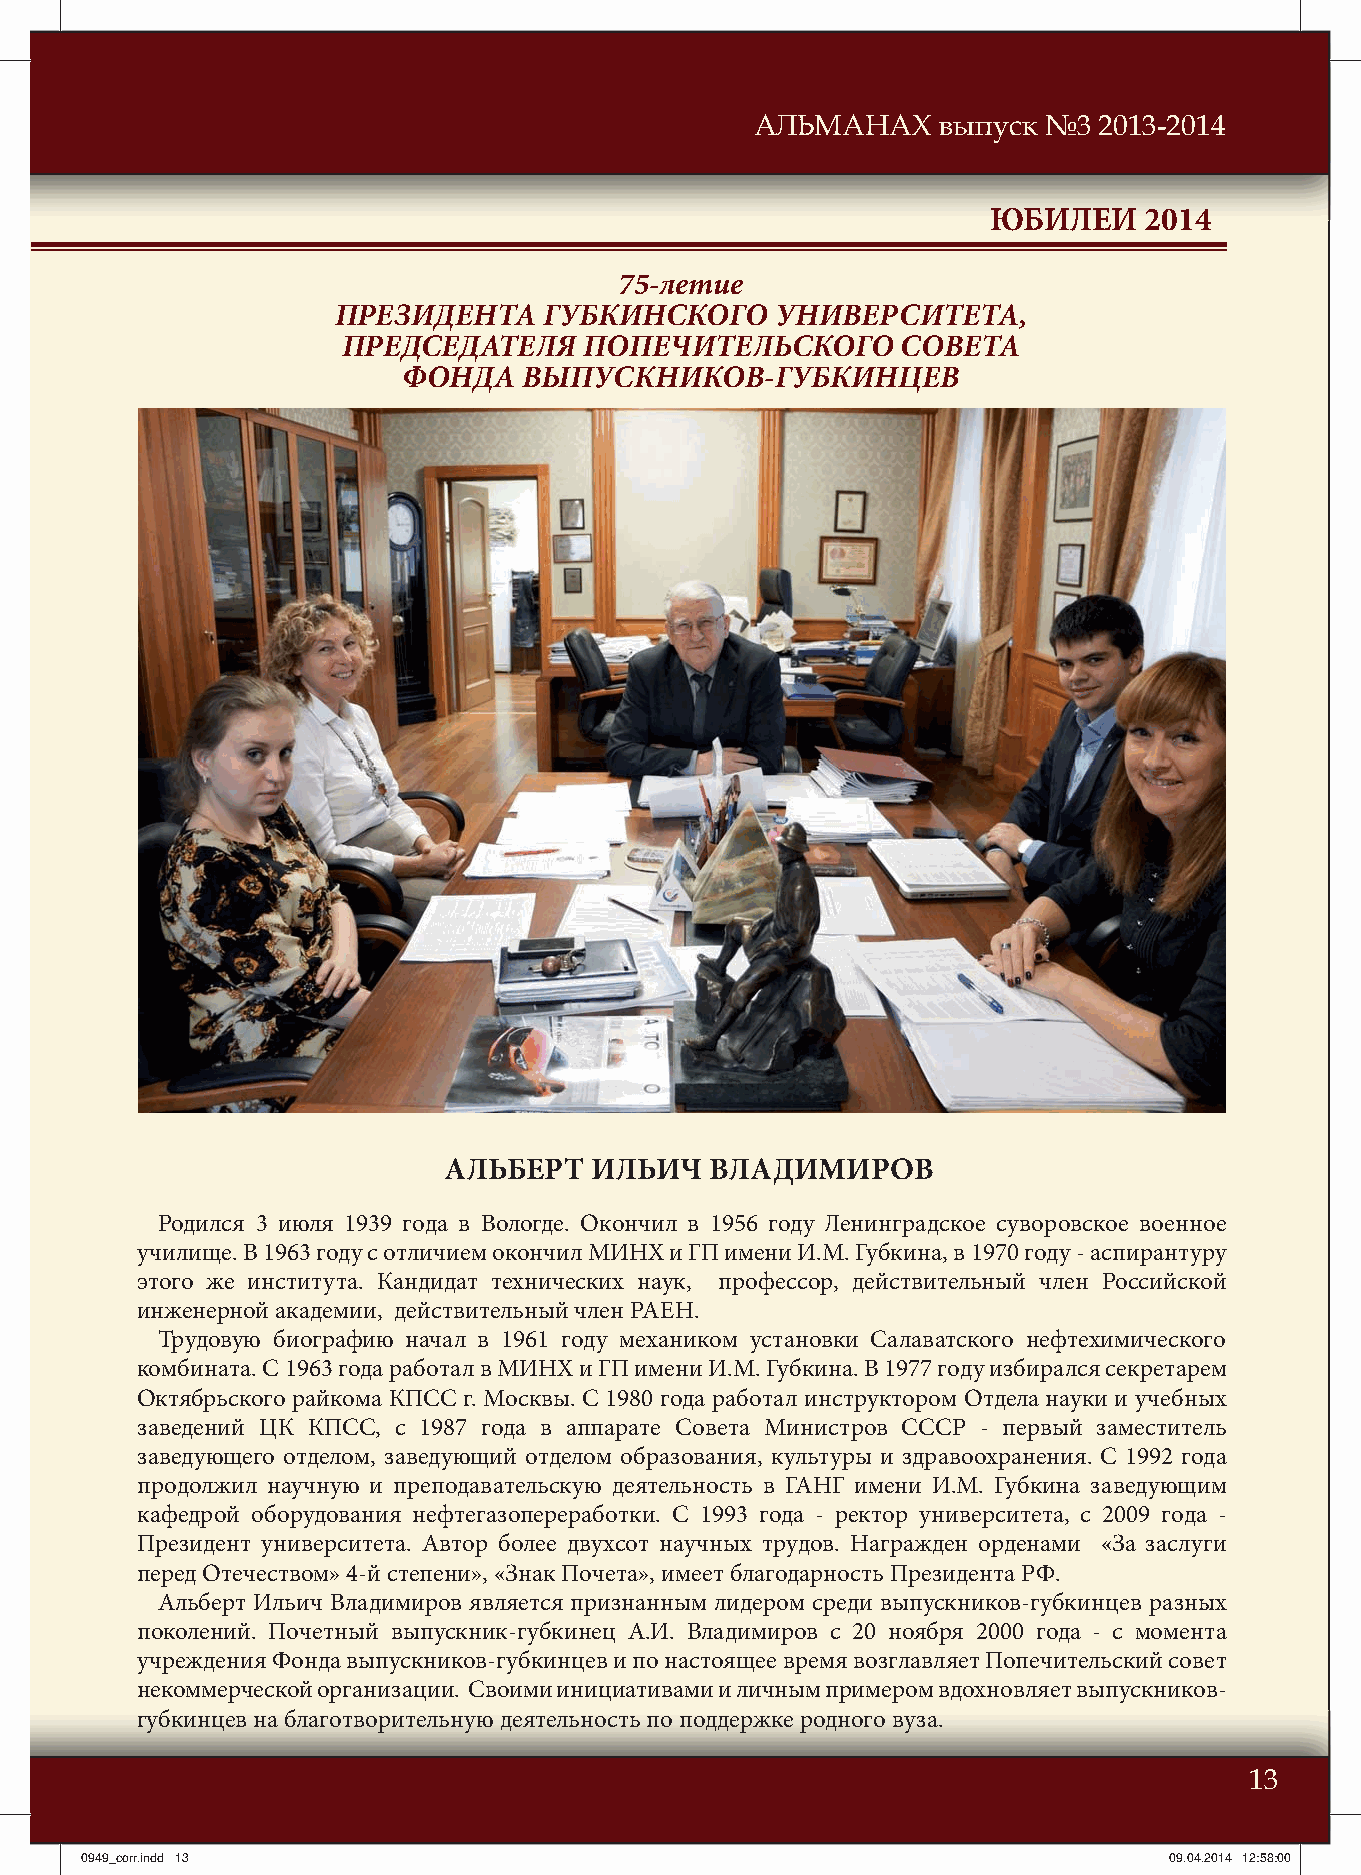
АЛЬМАНАХ    выпуск №3  2013-2014
 ЮБИЛЕИ    2014
 75-летие
 ПРЕЗИДЕНТА    ГУБКИНСКОГО    УНИВЕРСИТЕТА,
 ПРЕДСЕДАТЕЛЯ    ПОПЕЧИТЕЛЬСКОГО      СОВЕТА
 ФОНДА   ВЫПУСКНИКОВ-ГУБКИНЦЕВ
 АЛЬБЕРТ   ИЛЬИЧ   ВЛАДИМИРОВ
 Родился 3 июля 1939 года в Вологде. Окончил в 1956 году Ленинградское суворовское военное
 училище. В 1963 году с отличием окончил МИНХ и ГП имени И.М. Губкина, в 1970 году - аспирантуру
 этого же института. Кандидат технических наук, профессор, действительный член Российской
 инженерной академии, действительный член РАЕН.
 Трудовую биографию начал в 1961 году механиком установки Салаватского нефтехимического
 комбината. С 1963 года работал в МИНХ и ГП имени И.М. Губкина. В 1977 году избирался секретарем
 Октябрьского райкома КПСС г. Москвы. С 1980 года работал инструктором Отдела науки и учебных
 заведений ЦК КПСС, с 1987 года в аппарате Совета Министров СССР - первый заместитель
 заведующего отделом, заведующий отделом образования, культуры и здравоохранения. С 1992 года
 продолжил научную и преподавательскую деятельность в ГАНГ имени И.М. Губкина заведующим
 кафедрой оборудования нефтегазопереработки. С 1993 года - ректор университета, с 2009 года -
 Президент университета. Автор более двухсот научных трудов. Награжден орденами «За заслуги
 перед Отечеством» 4-й степени», «Знак Почета», имеет благодарность Президента РФ.
 Альберт Ильич Владимиров является признанным лидером среди выпускников-губкинцев разных
 поколений. Почетный выпускник-губкинец А.И. Владимиров с 20 ноября 2000 года - с момента
 учреждения Фонда выпускников-губкинцев и по настоящее время возглавляет Попечительский совет
 некоммерческой организации. Своими инициативами и личным примером вдохновляет выпускников-
 губкинцев на благотворительную деятельность по поддержке родного вуза.
 13
 00994499__ccoorrrr..iinndddd 1133                                       0099..0044..22001144 1122::5588::0000